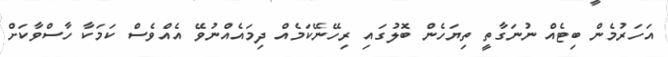
އަހަރުމެން ބިޓެއް ނުނަގާތީ ތިޔަހެން ބޮލުގައި ރިހޭނޭކަމެއް ދިމައެއްނުވޭ އެއްވެސް ކަމަކާ ހާސްވާކަށް